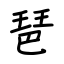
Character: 琶